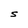
Character: S